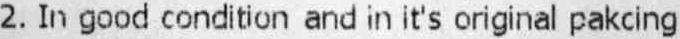
2. IN GOOD CONDITION AND IN IT'S ORIGINAL PAKCING